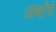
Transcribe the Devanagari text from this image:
अर्थांचे